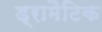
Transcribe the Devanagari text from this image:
ड्रामैटिक